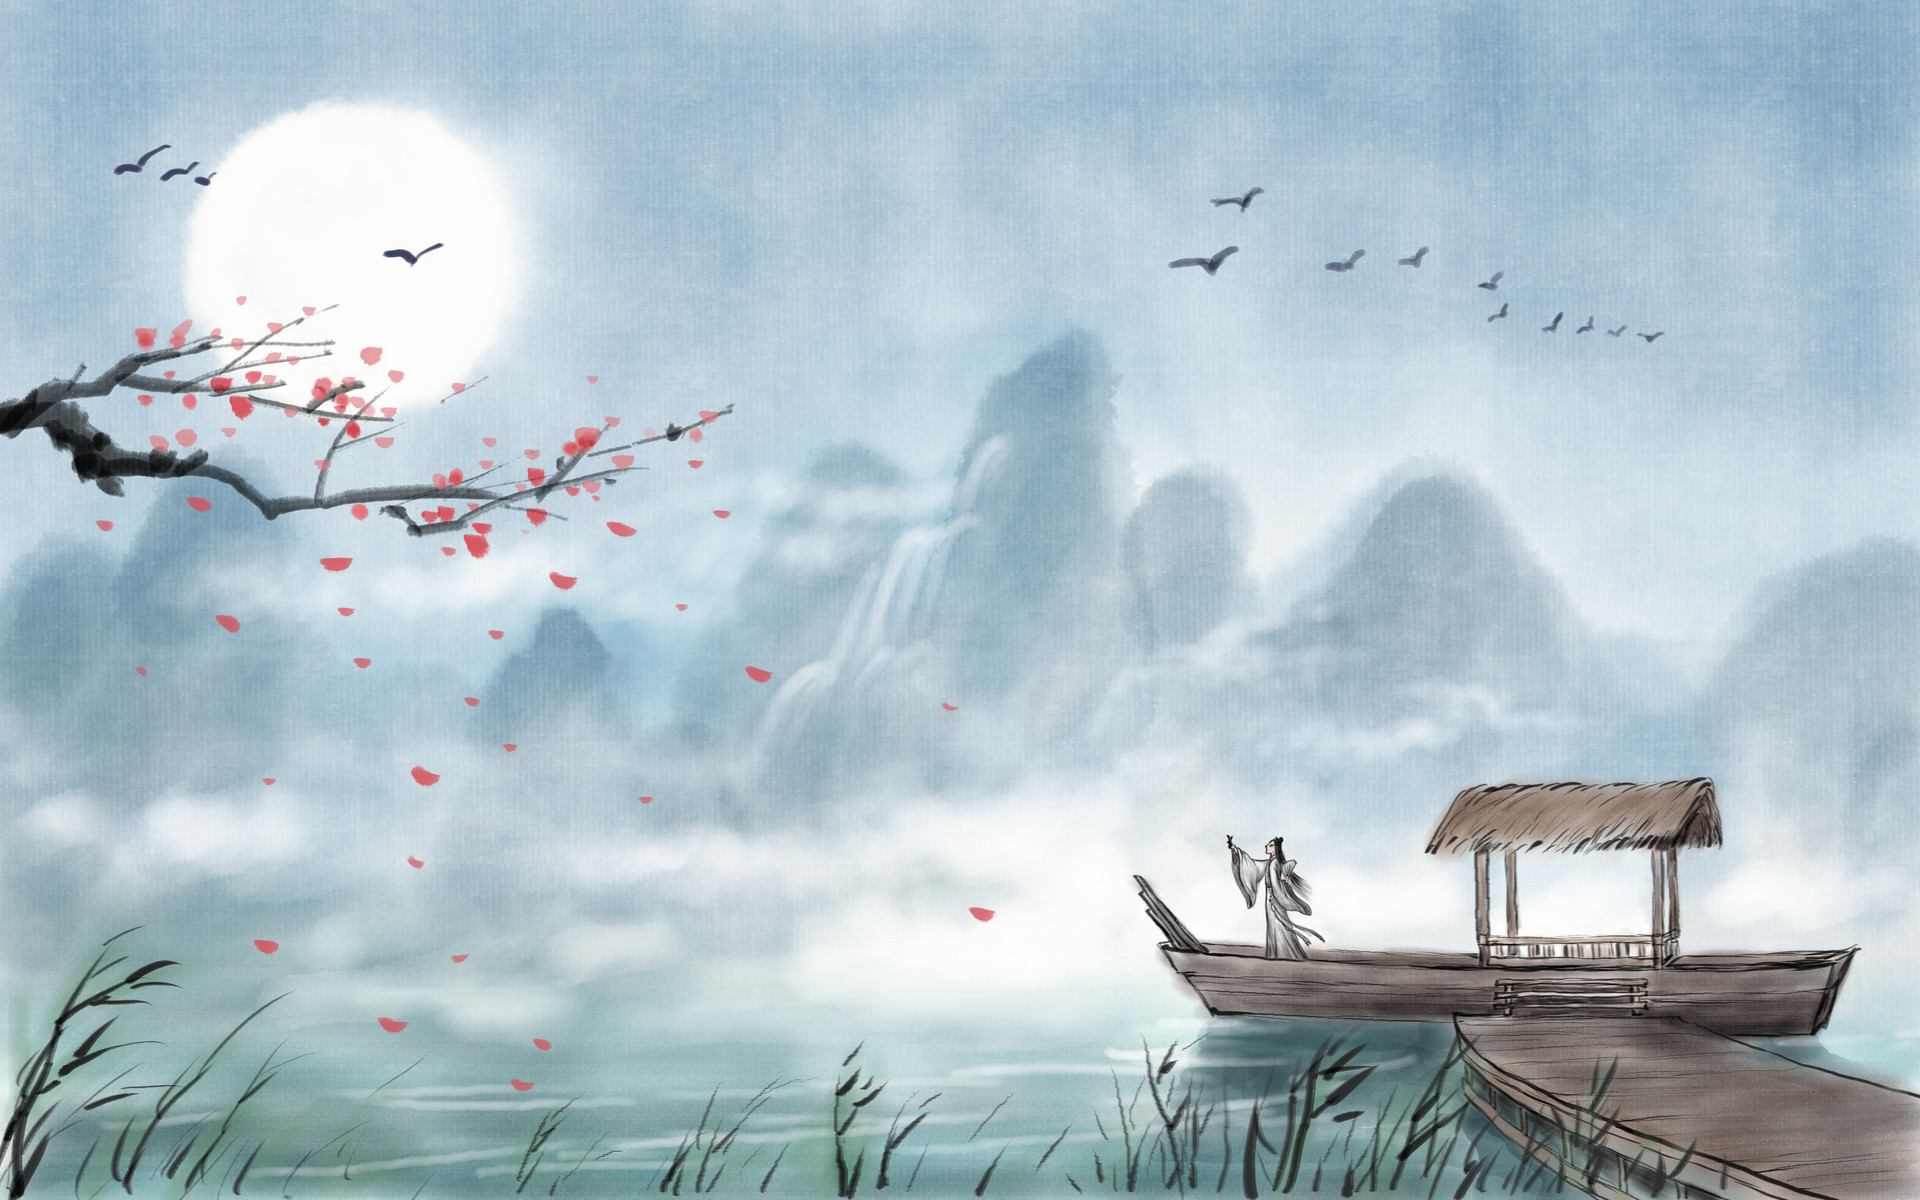
举物而暗，无务博闻。